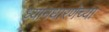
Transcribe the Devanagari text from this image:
ध्यानधारणेच्या